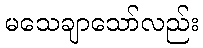
မသေချာသော်လည်း